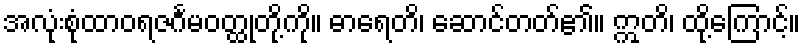
အလုံးစုံထာဝရဇင်္ဂမဝတ္ထုတို့ကို။ ဓာရေတိ၊ ဆောင်တတ်၏။ ဣတိ၊ ထို့ကြောင့်။